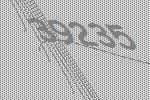
39235